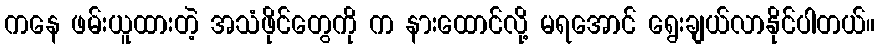
ကနေ ဖမ်းယူထားတဲ့ အသံဖိုင်တွေကို က နားထောင်လို့ မရအောင် ရွေးချယ်လာနိုင်ပါတယ်။